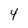
Character: 4